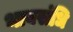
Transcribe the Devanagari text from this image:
भावसंधि